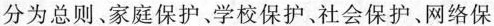
分为总则、家庭保护、学校保护、社会保护、网络保